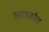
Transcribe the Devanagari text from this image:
अण्डकोश